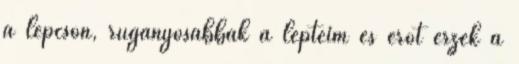
a lépcsőn, ruganyosabbak a lépteim és erőt érzek a